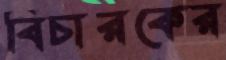
বিচারকের